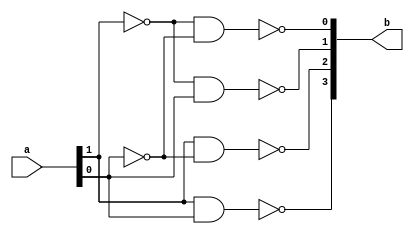
module sheffer_decoder_2_4
(
input wire [1:0] a,
output wire [3:0] b
);

assign b[3] = (~(a[1] & a[0]) & ~(a[1] & a[0]));
assign b[2] = ~(a[1]&~(a[0]&a[0]))&~(a[1]&~(a[0]&a[0]));
assign b[1] = ~(~(a[1]&a[1])&a[0])&~(~(a[1]&a[1])&a[0]);
assign b[0] = ~(~(a[1]&a[1])&~(a[0]&a[0]))&~(~(a[1]&a[1])&~(a[0]&a[0]));

endmodule